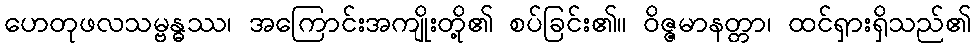
ဟေတုဖလသမ္ဗန္ဓဿ၊ အကြောင်းအကျိုးတို့၏ စပ်ခြင်း၏။ ဝိဇ္ဇမာနတ္တာ၊ ထင်ရှားရှိသည်၏